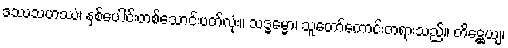
ဒဿသဟဿံ၊ နှစ်ပေါင်းတစ်သောင်းပတ်လုံး။ သဒ္ဓမ္မော၊ သူတော်ကောင်းတရားသည်။ တိဋ္ဌေယျ၊